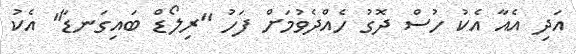
އަދި އެއާ އެކު ހުސް ދޮގު ހެއްދެވުމަށް ފަހު "ރިލޯޑް ބައިގަނޑާ" އެކު